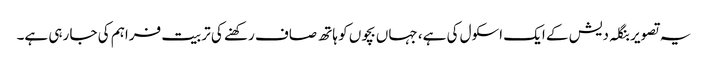
یہ تصویر بنگلہ دیش کے ایک اسکول کی ہے، جہاں بچوں کو ہاتھ صاف رکھنے کی تربیت فراہم کی جا رہی ہے۔